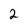
Character: 2